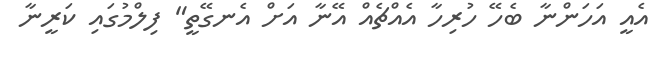
އެއީ އަހަންނާ ބެހޭ ހުރިހާ އެއްޗެއް އޭނާ އަށް އެނގޭތީ" ފިލްމުގައި ކަރީނާ